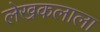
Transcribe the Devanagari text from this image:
लेखकलाला